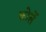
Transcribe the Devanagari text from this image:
कोर्ले